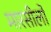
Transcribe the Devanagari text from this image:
मारसीलो